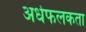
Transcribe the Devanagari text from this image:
अर्धफलकता